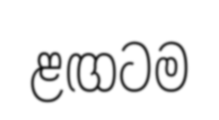
ළඟටම